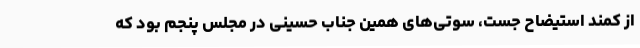
از کمند استیضاح جست، سوتی‌های همین جناب حسینی در مجلس پنجم بود که